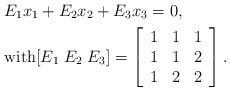
LaTeX: \begin{align*}&E_1 x_1 +E_2 x_2 + E_3 x_3 =0, \\&\mbox{with} [E_1 \; E_2\; E_3]=\left[\begin{array}{lll}1 & 1 & 1\\1 & 1 & 2\\1 & 2 & 2\end{array}\right].\end{align*}